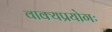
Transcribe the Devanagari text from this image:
वाक्यप्रयोगः